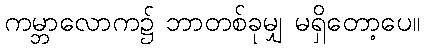
ကမ္ဘာလောက၌ ဘာတစ်ခုမျှ မရှိတော့ပေ။